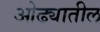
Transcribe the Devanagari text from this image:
ओढ्यातील